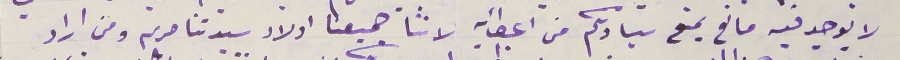
لا يوجد فيه مانع يمنع سيادتكم من اعطائه لاننا جميعنا اولاد سيدتنا مريم ومن اراد